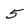
Character: 5